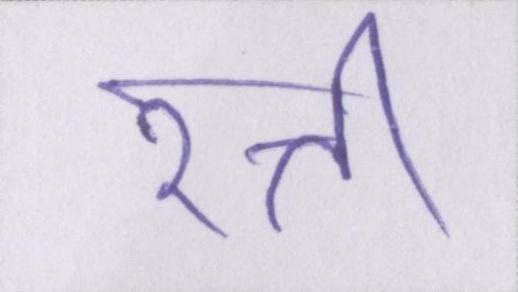
रत्ती